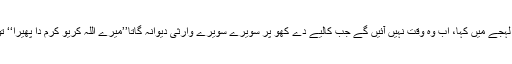
مستری شریف نے گلو گیر لہجے میں کہا، اب وہ وقت نہیں آئیں گے جب کالیے دے کھو پر سویرے سویرے وارثی دیوانہ گاتا’’میرے اللہ کریو کرم دا پھیرا‘‘ تو لوگوں کے آنسو نکل آتے۔